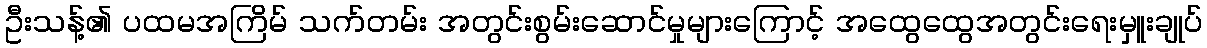
ဦးသန့်၏ ပထမအကြိမ် သက်တမ်း အတွင်းစွမ်းဆောင်မှုများကြောင့် အထွေထွေအတွင်းရေးမှူးချုပ်